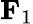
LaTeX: \mathbf{F}_{1}